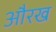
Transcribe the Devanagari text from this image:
औरख